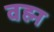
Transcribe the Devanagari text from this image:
वह्म